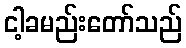
ငါ့ခမည်းတော်သည်